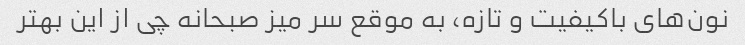
نون‌های باکیفیت و تازه، به موقع سر میز صبحانه چی از این بهتر